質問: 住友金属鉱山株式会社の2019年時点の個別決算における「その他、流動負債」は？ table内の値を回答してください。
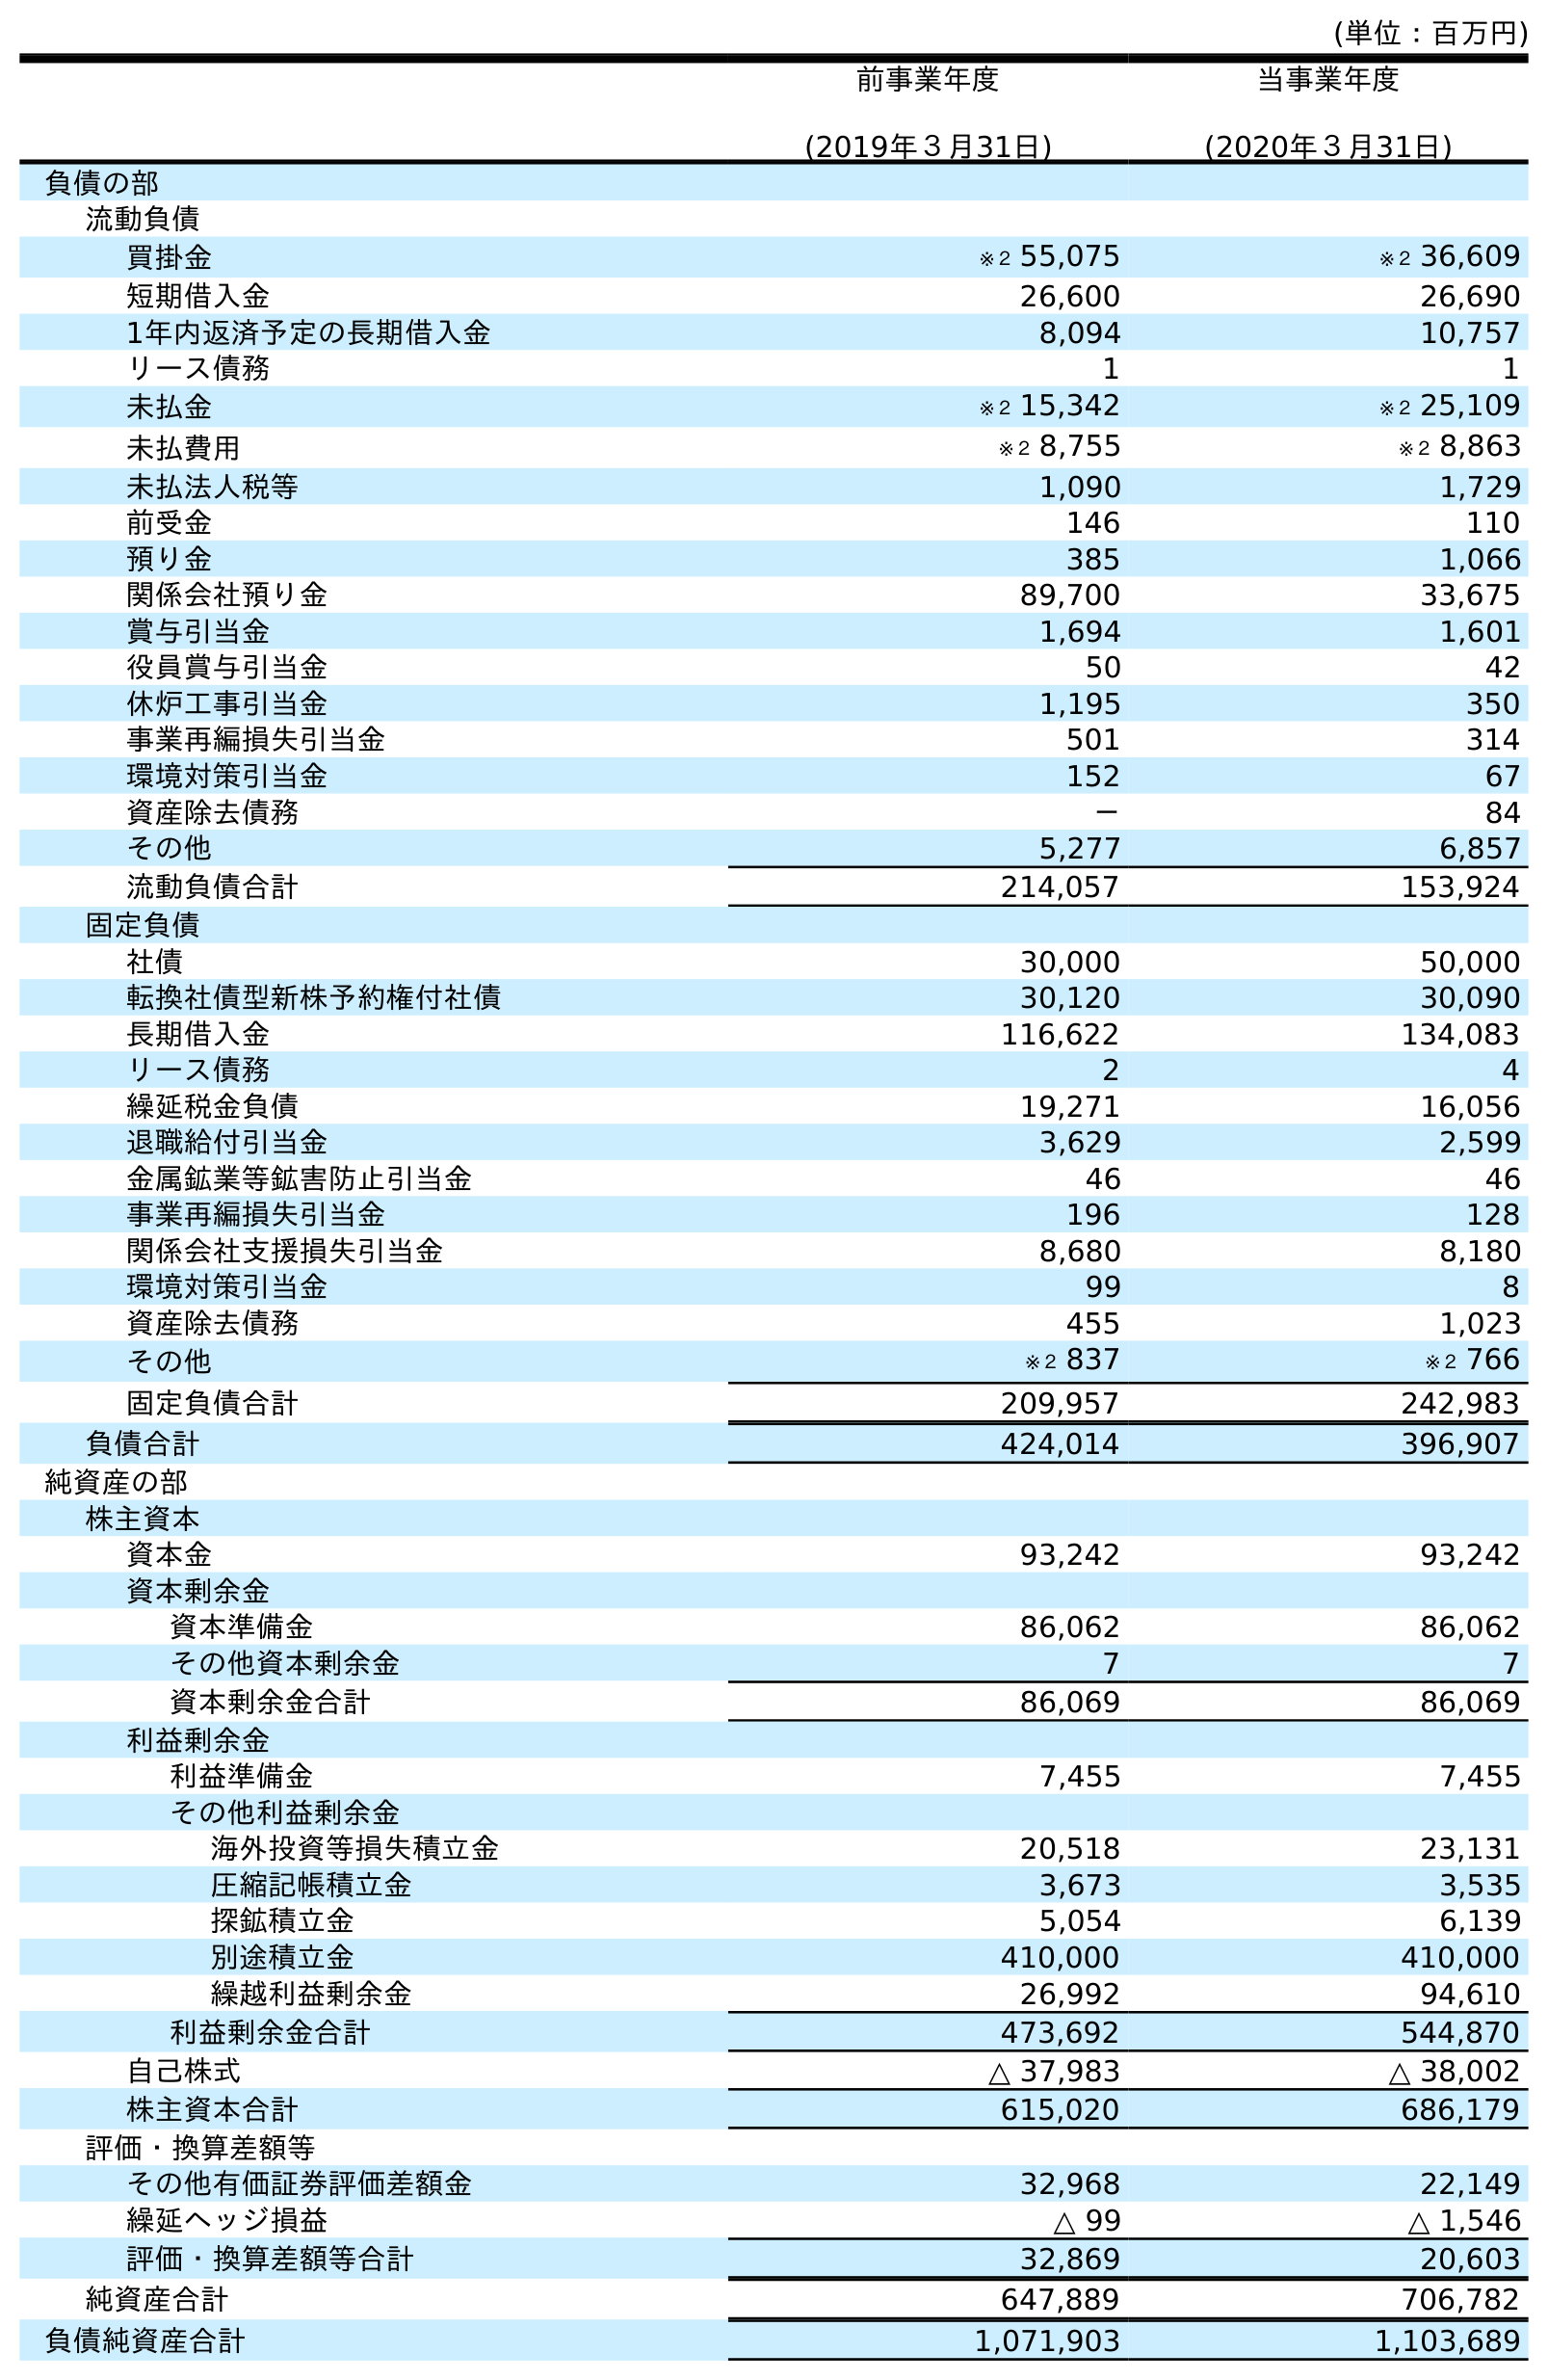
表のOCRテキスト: (単位：百万円) 前事業年度 (2019年３月31日) 当事業年度 (2020年３月31日) 負債の部 流動負債 買掛金 ※２ 55,075 ※２ 36,609 短期借入金 26,600 26,690 1年内返済予定の長期借入金 8,094 10,757 リース債務 1 1 未払金 ※２ 15,342 ※２ 25,109 未払費用 ※２ 8,755 ※２ 8,863 未払法人税等 1,090 1,729 前受金 146 110 預り金 385 1,066 関係会社預り金 89,700 33,675 賞与引当金 1,694 1,601 役員賞与引当金 50 42 休炉工事引当金 1,195 350 事業再編損失引当金 501 314 環境対策引当金 152 67 資産除去債務 － 84 その他 5,277 6,857 流動負債合計 214,057 153,924 固定負債 社債 30,000 50,000 転換社債型新株予約権付社債 30,120 30,090 長期借入金 116,622 134,083 リース債務 2 4 繰延税金負債 19,271 16,056 退職給付引当金 3,629 2,599 金属鉱業等鉱害防止引当金 46 46 事業再編損失引当金 196 128 関係会社支援損失引当金 8,680 8,180 環境対策引当金 99 8 資産除去債務 455 1,023 その他 ※２ 837 ※２ 766 固定負債合計 209,957 242,983 負債合計 424,014 396,907 純資産の部 株主資本 資本金 93,242 93,242 資本剰余金 資本準備金 86,062 86,062 その他資本剰余金 7 7 資本剰余金合計 86,069 86,069 利益剰余金 利益準備金 7,455 7,455 その他利益剰余金 海外投資等損失積立金 20,518 23,131 圧縮記帳積立金 3,673 3,535 探鉱積立金 5,054 6,139 別途積立金 410,000 410,000 繰越利益剰余金 26,992 94,610 利益剰余金合計 473,692 544,870 自己株式 △ 37,983 △ 38,002 株主資本合計 615,020 686,179 評価・換算差額等 その他有価証券評価差額金 32,968 22,149 繰延ヘッジ損益 △ 99 △ 1,546 評価・換算差額等合計 32,869 20,603 純資産合計 647,889 706,782 負債純資産合計 1,071,903 1,103,689
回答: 5,277